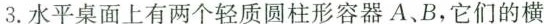
3. 水平桌面上有两个轻质圆柱形容器A、B，它们的横